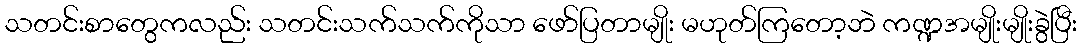
သတင်းစာတွေကလည်း သတင်းသက်သက်ကိုသာ ဖော်ပြတာမျိုး မဟုတ်ကြတော့ဘဲ ကဏ္ဍအမျိုးမျိုးခွဲပြီး